Medical and sanitary report of the native army of Madras for the year
Year: 1876
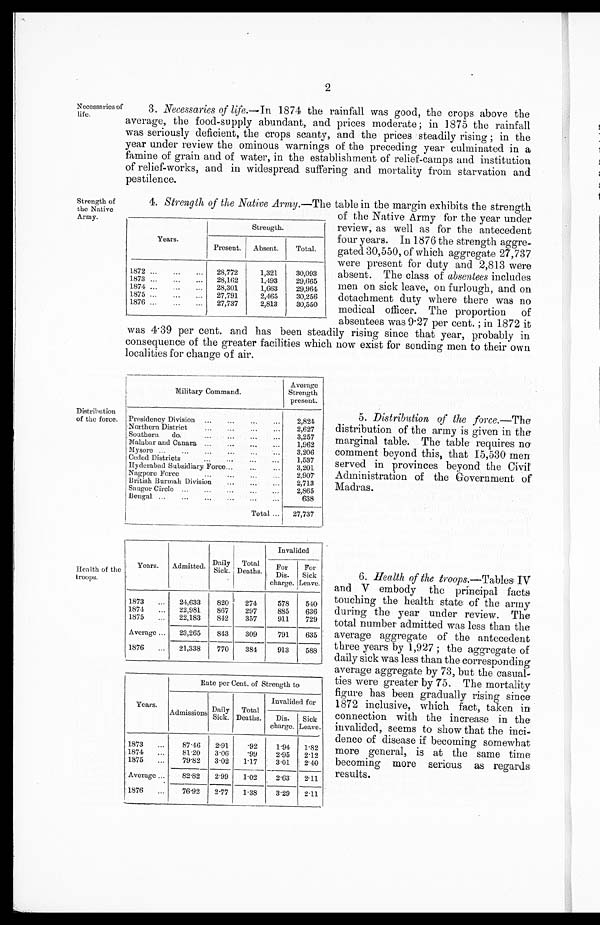
Nccessaries of
life.
2
3. Necessaries of life.—In 1874 the rainfall was good, the crops above the
average, the food-supply abundant, and prices moderate; in 1875 the rainfall
was seriously deficient, the crops scanty, and the prices steadily rising; in the
year under review the ominous warnings of the preceding year culminated in a
famine of grain and of water, in the establishment of relief-camps and institution
of relief-works, and in widespread suffering and mortality from starvation and
pestilence.
Strength of
the Native
Army.
4. Strength of the Native Army.— The table in the margin exhibits the strength
of the Native Army for the year under
review, as well as for the antecedent
four years. In 1876 the strength aggre-
gated 30,550, of which aggregate 27,737
were present for duty and 2,813 were
absent. The class of absentees includes
men on sick leave, on furlough, and on
detachment duty where there was no
medical officer. The proportion of
absentees was 9.27 per cent.; in 1872 it
was 4.39 per cent. and has been steadily rising since that year, probably in,
consequence of the greater facilities which now exist for sending men to their own
localities for change of air.
Years.
Strength.
Present. Absent.
Total.
1872
28,772
1,321
30,093
1873
28,162
1,493
29,665
1874
28,301
1,663
29,964
1875
27,791
2,465
30,256
1876
27,737
2,813
30,550
Distribution
of the force.
Military Command.
Average
Strength
present.
Presidency Division
2,824
Northern. District
2,627
Southern do.
3,257
Malabar and Canara
1,962
Mysore
3,206
Ceded Districts
1,537
Hyderabad Subsidiary Force
3,201
Nagpore Force
2,907
British Burmah Division
2,713
Saugor Circle
2,865
Bengal
638
Total
27,737
Health of the
troops.
Years. Admitted. Daily
Sick.
Total
Deaths.
Invalided
For
Dis-
charge.
For
Sick
Leave.
1873
24,633
820 274
578
540
1874
22,981
867
297
885
636
1875
22,183
842
357
911
729
Average
23,265
843
309
791
635
1876
21,338
770
384
913
588
Years.
Rate per Cent. of Strength to
Admissions Daily
Sick.
Total
Deaths.
Invalided for
Dis-
charge.
Sick
Leave.
1873
87.46
2.91
.92
1.94
1.82
1874
81.20
3.06
.99
2.95
2.12
1875
79.82
3.02 1.17
3.01 2.40
Average
82.82
2.99
1.02
2.63
2.11
1876
76.92
2.77
1.38
3.29
2.11
5. Distribution of the force.— The
distribution of the army is given in the
marginal table. The table requires no
comment beyond this, that 15,530 men
served in provinces beyond the Civil
Administration of the Government of
Madras.
6.
Health of the troops.— Tables IV
and V embody the principal facts
touching the health state of the army
during the year under review. The
total number admitted was less than the
average aggregate of the antecedent
three years by 1,927; the aggregate of
daily sick was less than the corresponding
average aggregate by 73, but the casual
-ties were greater by 75. The mortality
figure has been gradually rising since
1872 inclusive, which fact, taken in
connection with the increase in the
invalided, seems to show that the inci
-dence of disease if becoming somewhat
more general, is at the same time
becoming more serious as regards
results.